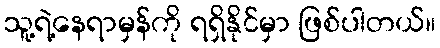
သူ့ရဲ့နေရာမှန်ကို ရရှိနိုင်မှာ ဖြစ်ပါတယ်။